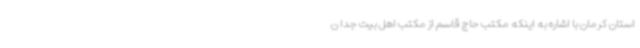
استان کرمان با اشاره به اینکه مکتب حاج قاسم از مکتب اهل بیت جدا ن